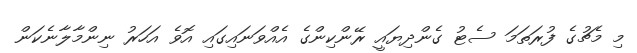
މި މެޗުގެ ފުރަތަމަ ސެޓު ގެންދިޔައީ ރޭންކިންގެ އެއްވަނައިގައި އޮވެ އަހަރު ނިންމާލާނެކަން